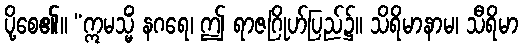
ပို့စေ၏။ “ဣမသ္မိံ နဂရေ၊ ဤ ရာဇဂြိုဟ်ပြည်၌။ သိရိမာနာမ၊ သီရိမာ